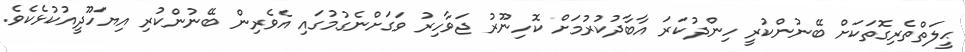
ޙީލަތްތެރިގޮތަކަށް ބޭނުންކުރީ ހިންދުކަރަ އާބާދުކުރުމަށް ކޮހިނޫރު ޖަވާހިރު ވަގަށްނެގުމުގައި އެވެރިން ބޭނުންކުރި އިޔަހޫދީއުކުޅެކެވެ.